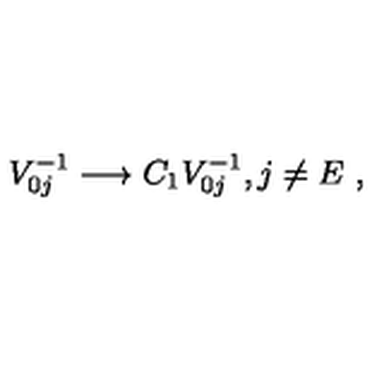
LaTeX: V _ { 0 j } ^ { - 1 } \longrightarrow C _ { 1 } V _ { 0 j } ^ { - 1 } , j \neq E \ ,